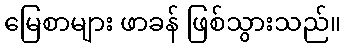
မြေစာများ ဖာခန် ဖြစ်သွားသည်။